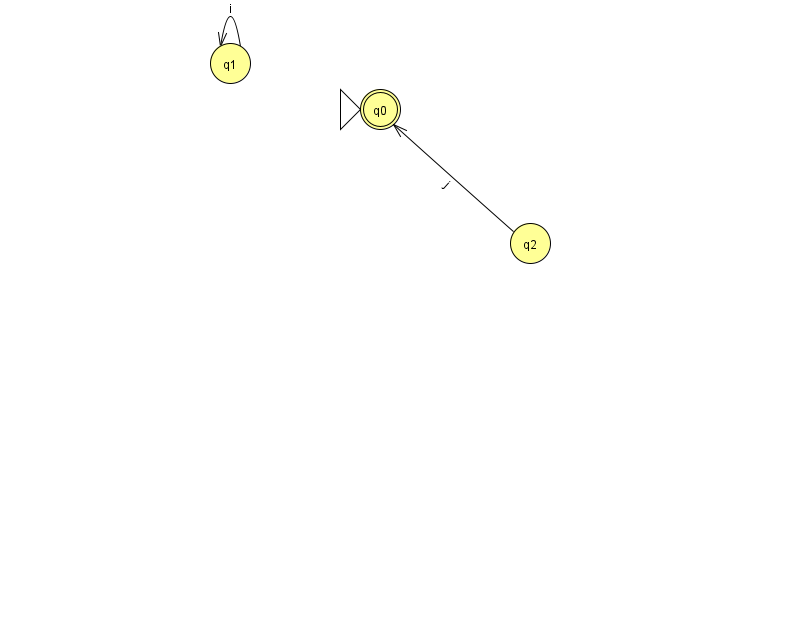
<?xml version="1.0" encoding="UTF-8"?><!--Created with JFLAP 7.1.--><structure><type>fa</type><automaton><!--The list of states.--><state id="0" name="q0"><x>380.0</x><y>96.0</y><initial/><final/></state><state id="1" name="q1"><x>230.0</x><y>50.0</y></state><state id="2" name="q2"><x>530.0</x><y>230.0</y></state><!--The list of transitions.--><transition><from>1</from><to>1</to><read>i</read></transition><transition><from>2</from><to>0</to><read>j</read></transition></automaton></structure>